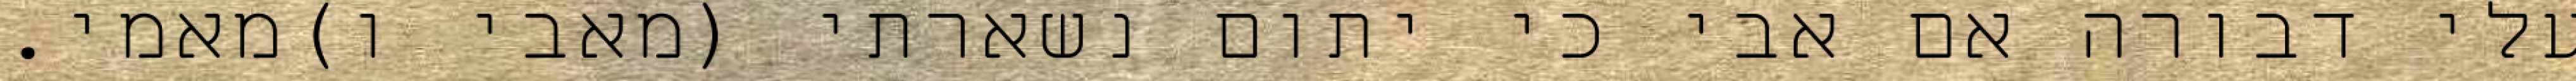
עלי דבורה אם אבי כי יתום נשארתי (מאבי ו)מאמי.